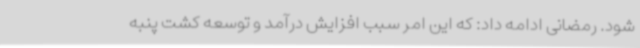
شود. رمضانی ادامه داد: که این امر سبب افزایش درآمد و توسعه کشت پنبه